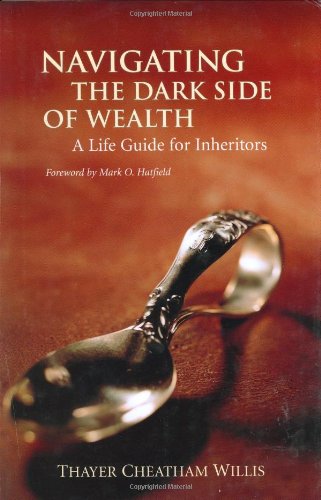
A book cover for Navigating the Dark Side of Wealth: A Life Guide for Inheritors; Thayer Cheatham Willis; Law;